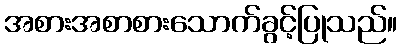
အစားအစာစားသောက်ခွင့်ပြုသည်။